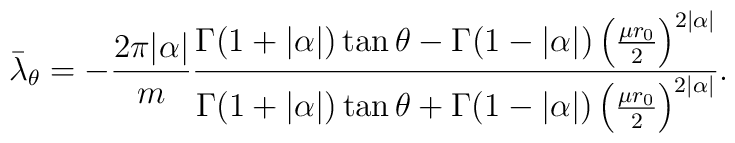
\bar{\lambda}_{\theta}=-\frac{2\pi|\alpha|}{m}\frac{\Gamma(1+|\alpha|)\tan\theta-\Gamma(1-|\alpha|)\left(\frac{\mu r_0 }{2}\right)^{2|\alpha|}}{\Gamma(1+|\alpha|)\tan\theta+\Gamma(1-|\alpha|)\left(\frac{\mu r_0 }{2}\right)^{2|\alpha|}}.